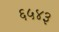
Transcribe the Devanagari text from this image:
६५४३